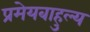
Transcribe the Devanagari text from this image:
प्रमेयबाहुल्य